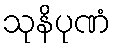
သုနိပုဏံ